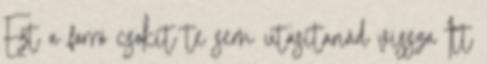
Ezt a forró csokit te sem utasítanád vissza Itt